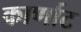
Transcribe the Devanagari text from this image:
कार्णाट